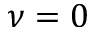
\nu = 0